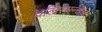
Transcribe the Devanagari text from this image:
दलिस्मन्चक